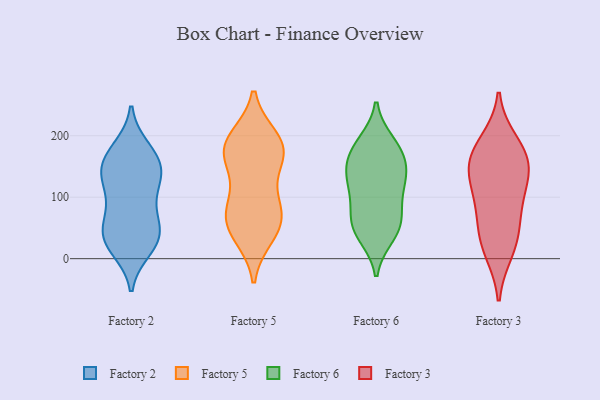
{"axis": {"x": "Page Views", "y": "Value"}, "legend": ["Factory 2", "Factory 3", "Factory 5", "Factory 6"], "data": [{"x": "", "y": 155, "type": "Factory 2"}, {"x": "", "y": 135, "type": "Factory 2"}, {"x": "", "y": 17, "type": "Factory 2"}, {"x": "", "y": 81, "type": "Factory 2"}, {"x": "", "y": 38, "type": "Factory 2"}, {"x": "", "y": 120, "type": "Factory 2"}, {"x": "", "y": 45, "type": "Factory 2"}, {"x": "", "y": 178, "type": "Factory 2"}, {"x": "", "y": 28, "type": "Factory 2"}, {"x": "", "y": 29, "type": "Factory 2"}, {"x": "", "y": 169, "type": "Factory 2"}, {"x": "", "y": 79, "type": "Factory 2"}, {"x": "", "y": 139, "type": "Factory 2"}, {"x": "", "y": 43, "type": "Factory 2"}, {"x": "", "y": 126, "type": "Factory 2"}, {"x": "", "y": 161, "type": "Factory 2"}, {"x": "", "y": 196, "type": "Factory 5"}, {"x": "", "y": 93, "type": "Factory 5"}, {"x": "", "y": 65, "type": "Factory 5"}, {"x": "", "y": 175, "type": "Factory 5"}, {"x": "", "y": 37, "type": "Factory 5"}, {"x": "", "y": 150, "type": "Factory 5"}, {"x": "", "y": 57, "type": "Factory 5"}, {"x": "", "y": 172, "type": "Factory 5"}, {"x": "", "y": 93, "type": "Factory 5"}, {"x": "", "y": 196, "type": "Factory 5"}, {"x": "", "y": 42, "type": "Factory 5"}, {"x": "", "y": 73, "type": "Factory 5"}, {"x": "", "y": 183, "type": "Factory 5"}, {"x": "", "y": 166, "type": "Factory 5"}, {"x": "", "y": 68, "type": "Factory 6"}, {"x": "", "y": 131, "type": "Factory 6"}, {"x": "", "y": 160, "type": "Factory 6"}, {"x": "", "y": 188, "type": "Factory 6"}, {"x": "", "y": 68, "type": "Factory 6"}, {"x": "", "y": 49, "type": "Factory 6"}, {"x": "", "y": 180, "type": "Factory 6"}, {"x": "", "y": 103, "type": "Factory 6"}, {"x": "", "y": 133, "type": "Factory 6"}, {"x": "", "y": 145, "type": "Factory 6"}, {"x": "", "y": 38, "type": "Factory 6"}, {"x": "", "y": 177, "type": "Factory 6"}, {"x": "", "y": 116, "type": "Factory 6"}, {"x": "", "y": 47, "type": "Factory 6"}, {"x": "", "y": 161, "type": "Factory 3"}, {"x": "", "y": 188, "type": "Factory 3"}, {"x": "", "y": 51, "type": "Factory 3"}, {"x": "", "y": 168, "type": "Factory 3"}, {"x": "", "y": 146, "type": "Factory 3"}, {"x": "", "y": 101, "type": "Factory 3"}, {"x": "", "y": 142, "type": "Factory 3"}, {"x": "", "y": 94, "type": "Factory 3"}, {"x": "", "y": 14, "type": "Factory 3"}, {"x": "", "y": 30, "type": "Factory 3"}]}